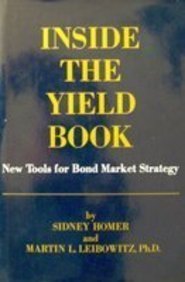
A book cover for Inside the Yield Book: Tools for Bond Market Strategy; Sidney Homer; Business & Money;